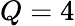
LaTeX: Q=4